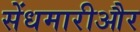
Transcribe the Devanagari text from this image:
सेंधमारीऔर